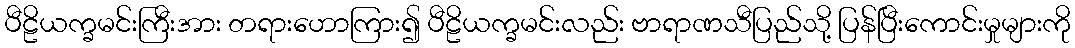
ပီဠိယက္ခမင်းကြီးအား တရားဟောကြား၍ ပီဠိယက္ခမင်းလည်း ဗာရာဏသီပြည်သို့ ပြန်ပြီးကောင်းမှုများကို